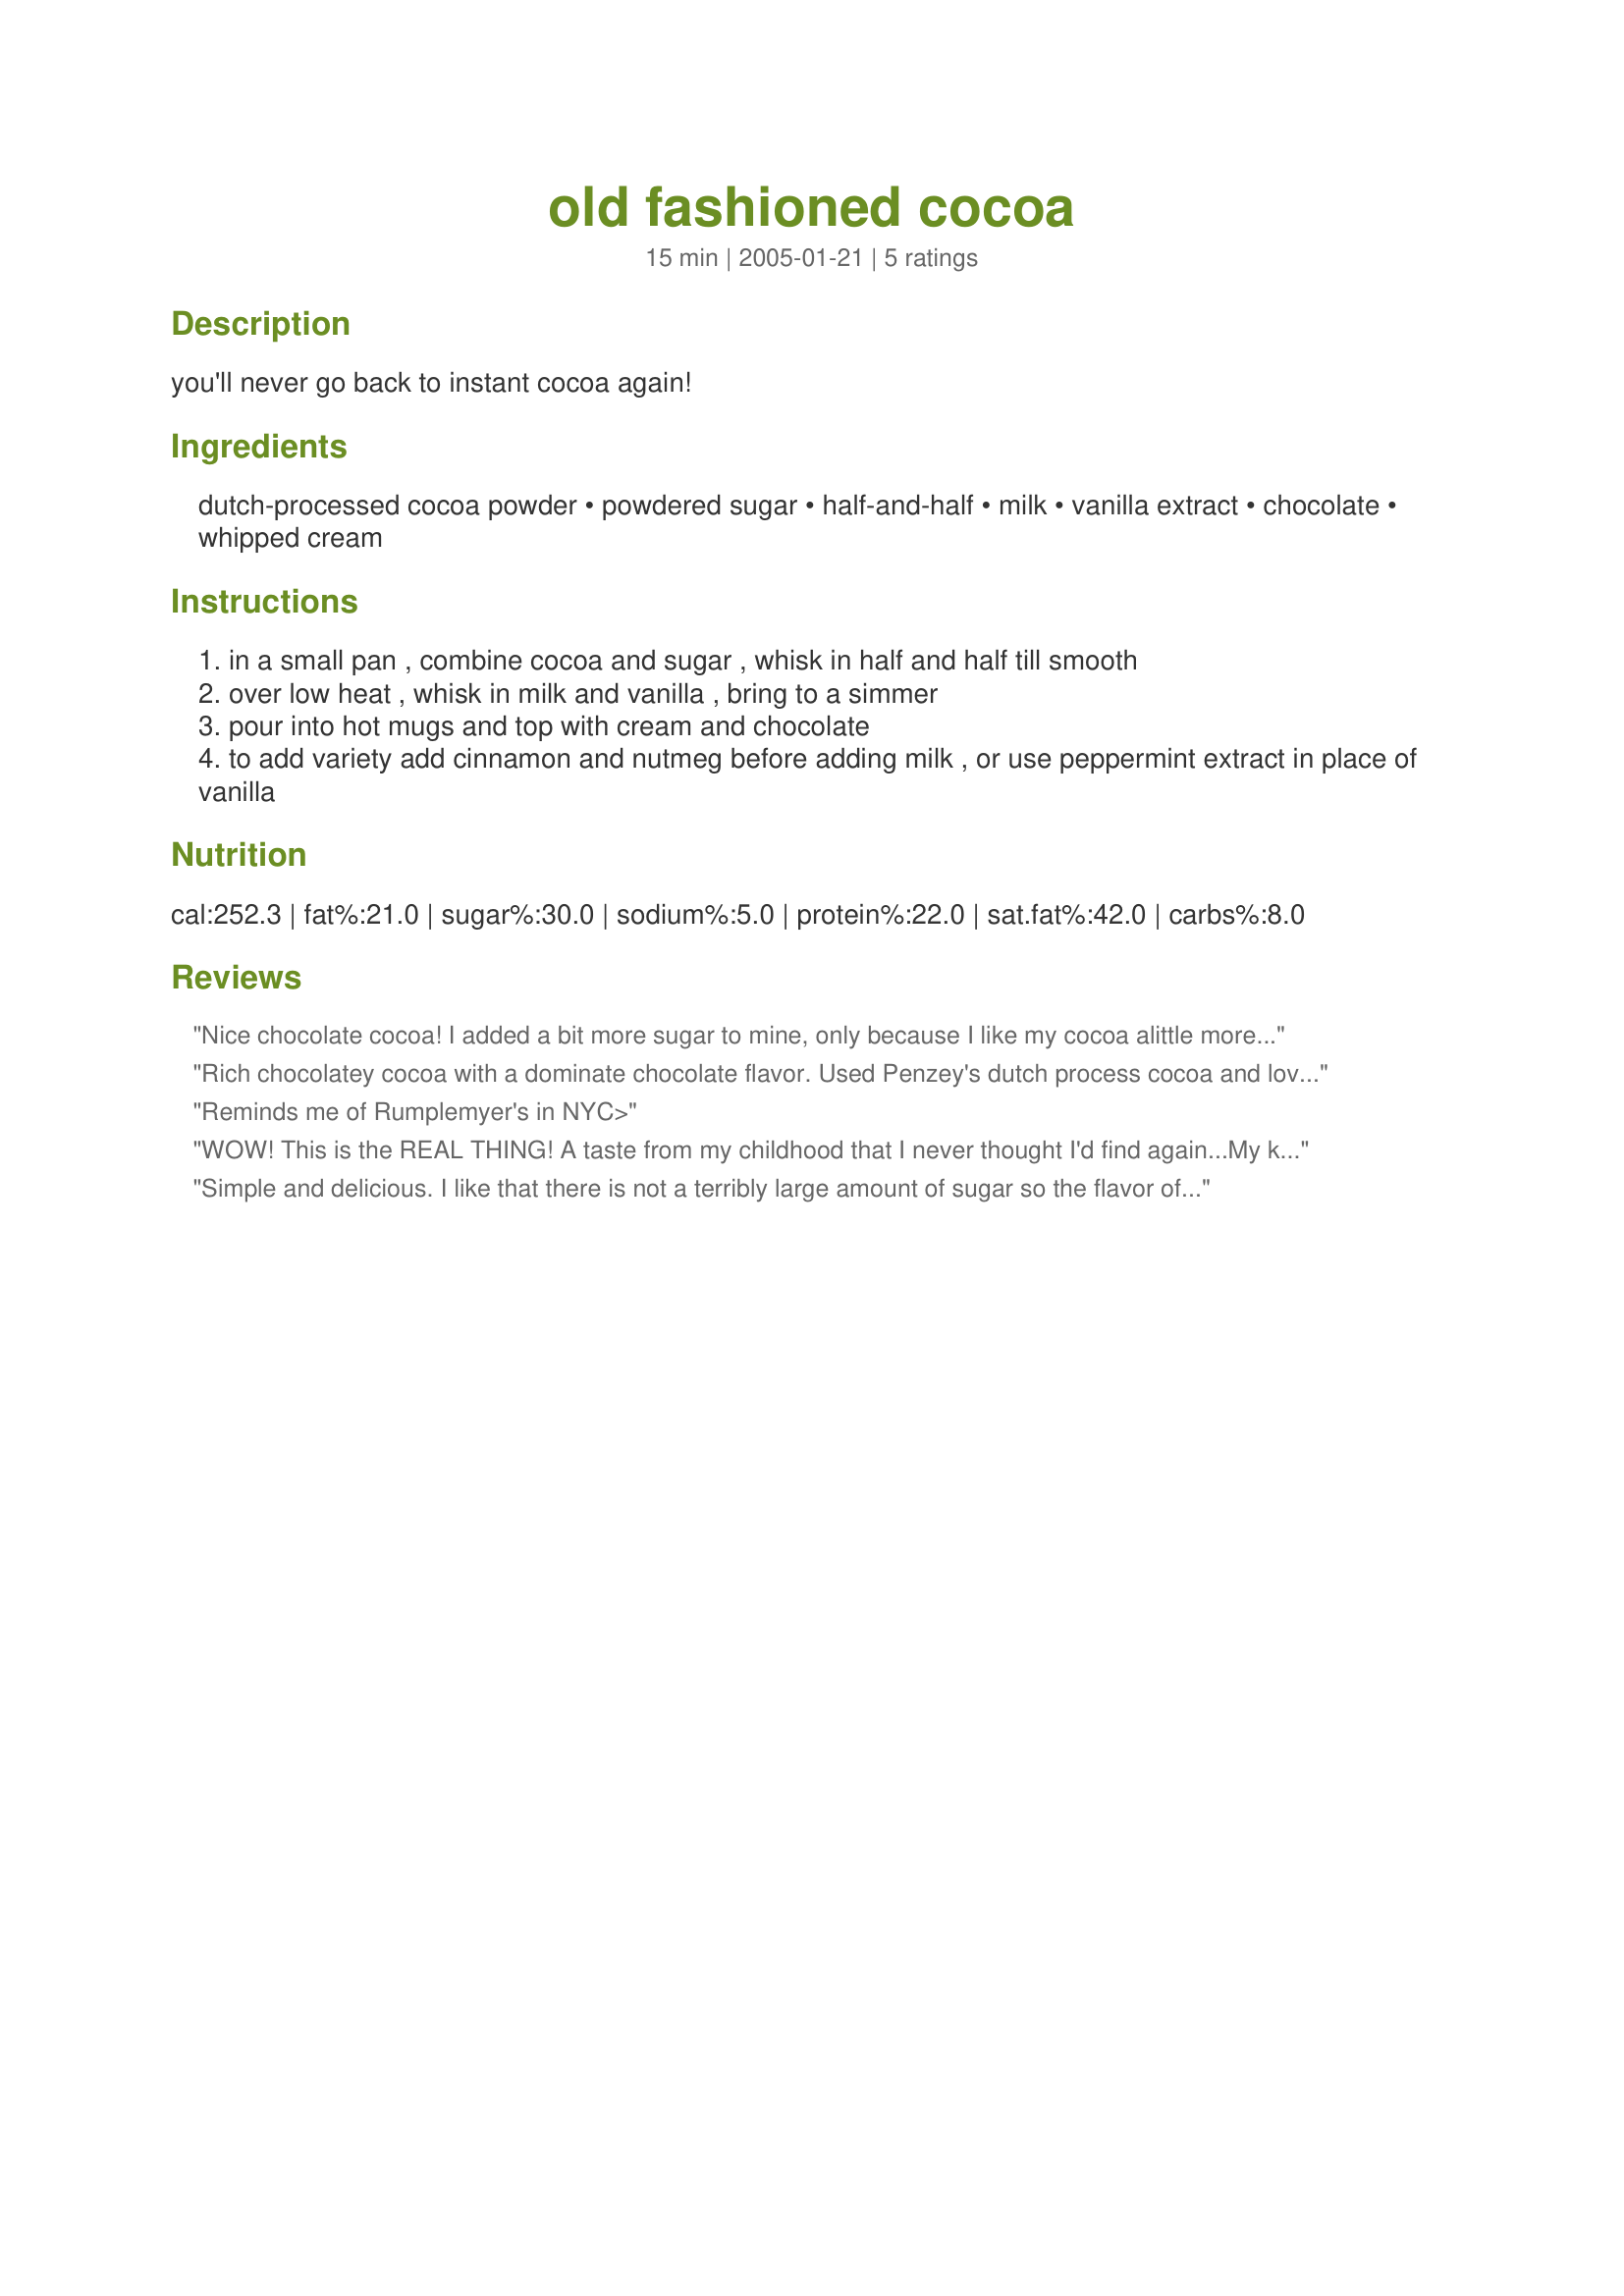
old fashioned cocoa
Preparation time: 15 minutes

you'll never go back to instant cocoa again!

Ingredients:
dutch-processed cocoa powder, powdered sugar, half-and-half, milk, vanilla extract, chocolate, whipped cream

Steps:
in a small pan , combine cocoa and sugar , whisk in half and half till smooth
over low heat , whisk in milk and vanilla , bring to a simmer
pour into hot mugs and top with cream and chocolate
to add variety add cinnamon and nutmeg before adding milk , or use peppermint extract in place of vanilla

Reviews:
Nice chocolate cocoa! I added a bit more sugar to mine, only because I like my cocoa alittle more sweeter. Thanks for the recipe Shirl!
Rich chocolatey cocoa with a dominate chocolate flavor. Used Penzey's dutch process cocoa and loved it. Not very sweet, though, and all three of my kids refused to drink it as is. A little more sugar made it just right for the kiddie crowd. Thanks for sharing the recipe!
Reminds me of Rumplemyer's in NYC>
WOW! This is the REAL THING! A taste from my childhood that I never thought I'd find again...My kids love hot chocolate, but we ran out of the instant packets so we gave this a try and GUESS WHAT...Cheyenne specifically requested that I do NOT get more instant packets at the store! LOL! So far this week, we have made a batch for their bedtime snack 4 days in a row! I love the richness that the vanilla adds and the creaminess that the half & half adds. PERFECTION!! Thank you for sharing this, Shirl!
Simple and delicious. I like that there is not a terribly large amount of sugar so the flavor of the chocolate really shines through. The amount of half-and-half is just right for this to be rich and delicous without being cloying and overpowering. I think the powdered sugar gives a gentler sweetness than many other cocoas made with regular sugar. I know this one's a keeper because I made it once and then went back to make it the next day! Thanks!
